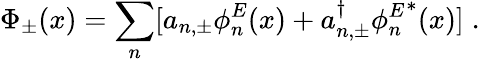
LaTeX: \Phi_{\pm}(x)=\sum_{n}[a_{n,\pm}\phi_{n}^{E}(x)+a_{n,\pm}^{\dagger}{\phi_{n}^{E}}^{*}(x)]{\; .}